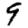
Digit: 9